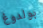
بولدوغ